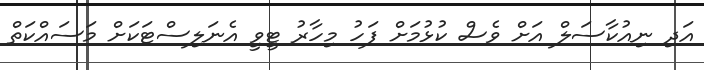
އަދި ނިއުކާސަލް އަށް ވެސް ކުޅުމަށް ފަހު މިހާރު ޓީވީ އެނަލިސްޓަކަށް މަސައްކަތް